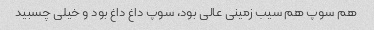
هم سوپ هم سیب زمینی عالی بود، سوپ داغ داغ بود و خیلی چسبید